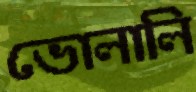
ভোলালি